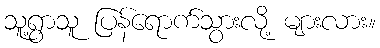
သူ့ရွာသူ ပြန်ရောက်သွားလို့ များလား။